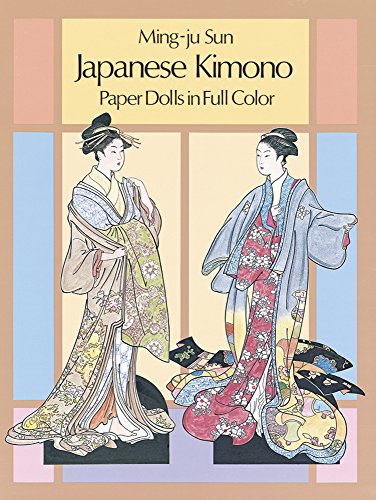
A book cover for Japanese Kimono Paper Dolls (Dover Paper Dolls); Ming-Ju Sun; Crafts, Hobbies & Home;